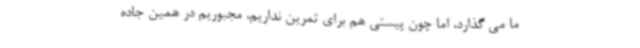
ما می گذارد، اما چون پیستی هم برای تمرین نداریم، مجبوریم در همین جاده